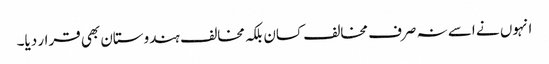
انہوں نے اسے نہ صرف مخالف کسان بلکہ مخالف ہندوستان بھی قرار دیا۔